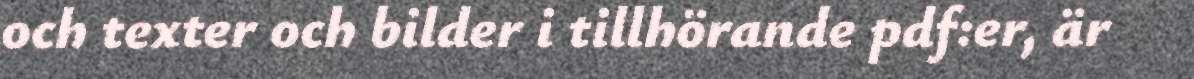
och texter och bilder i tillhörande pdf:er, är